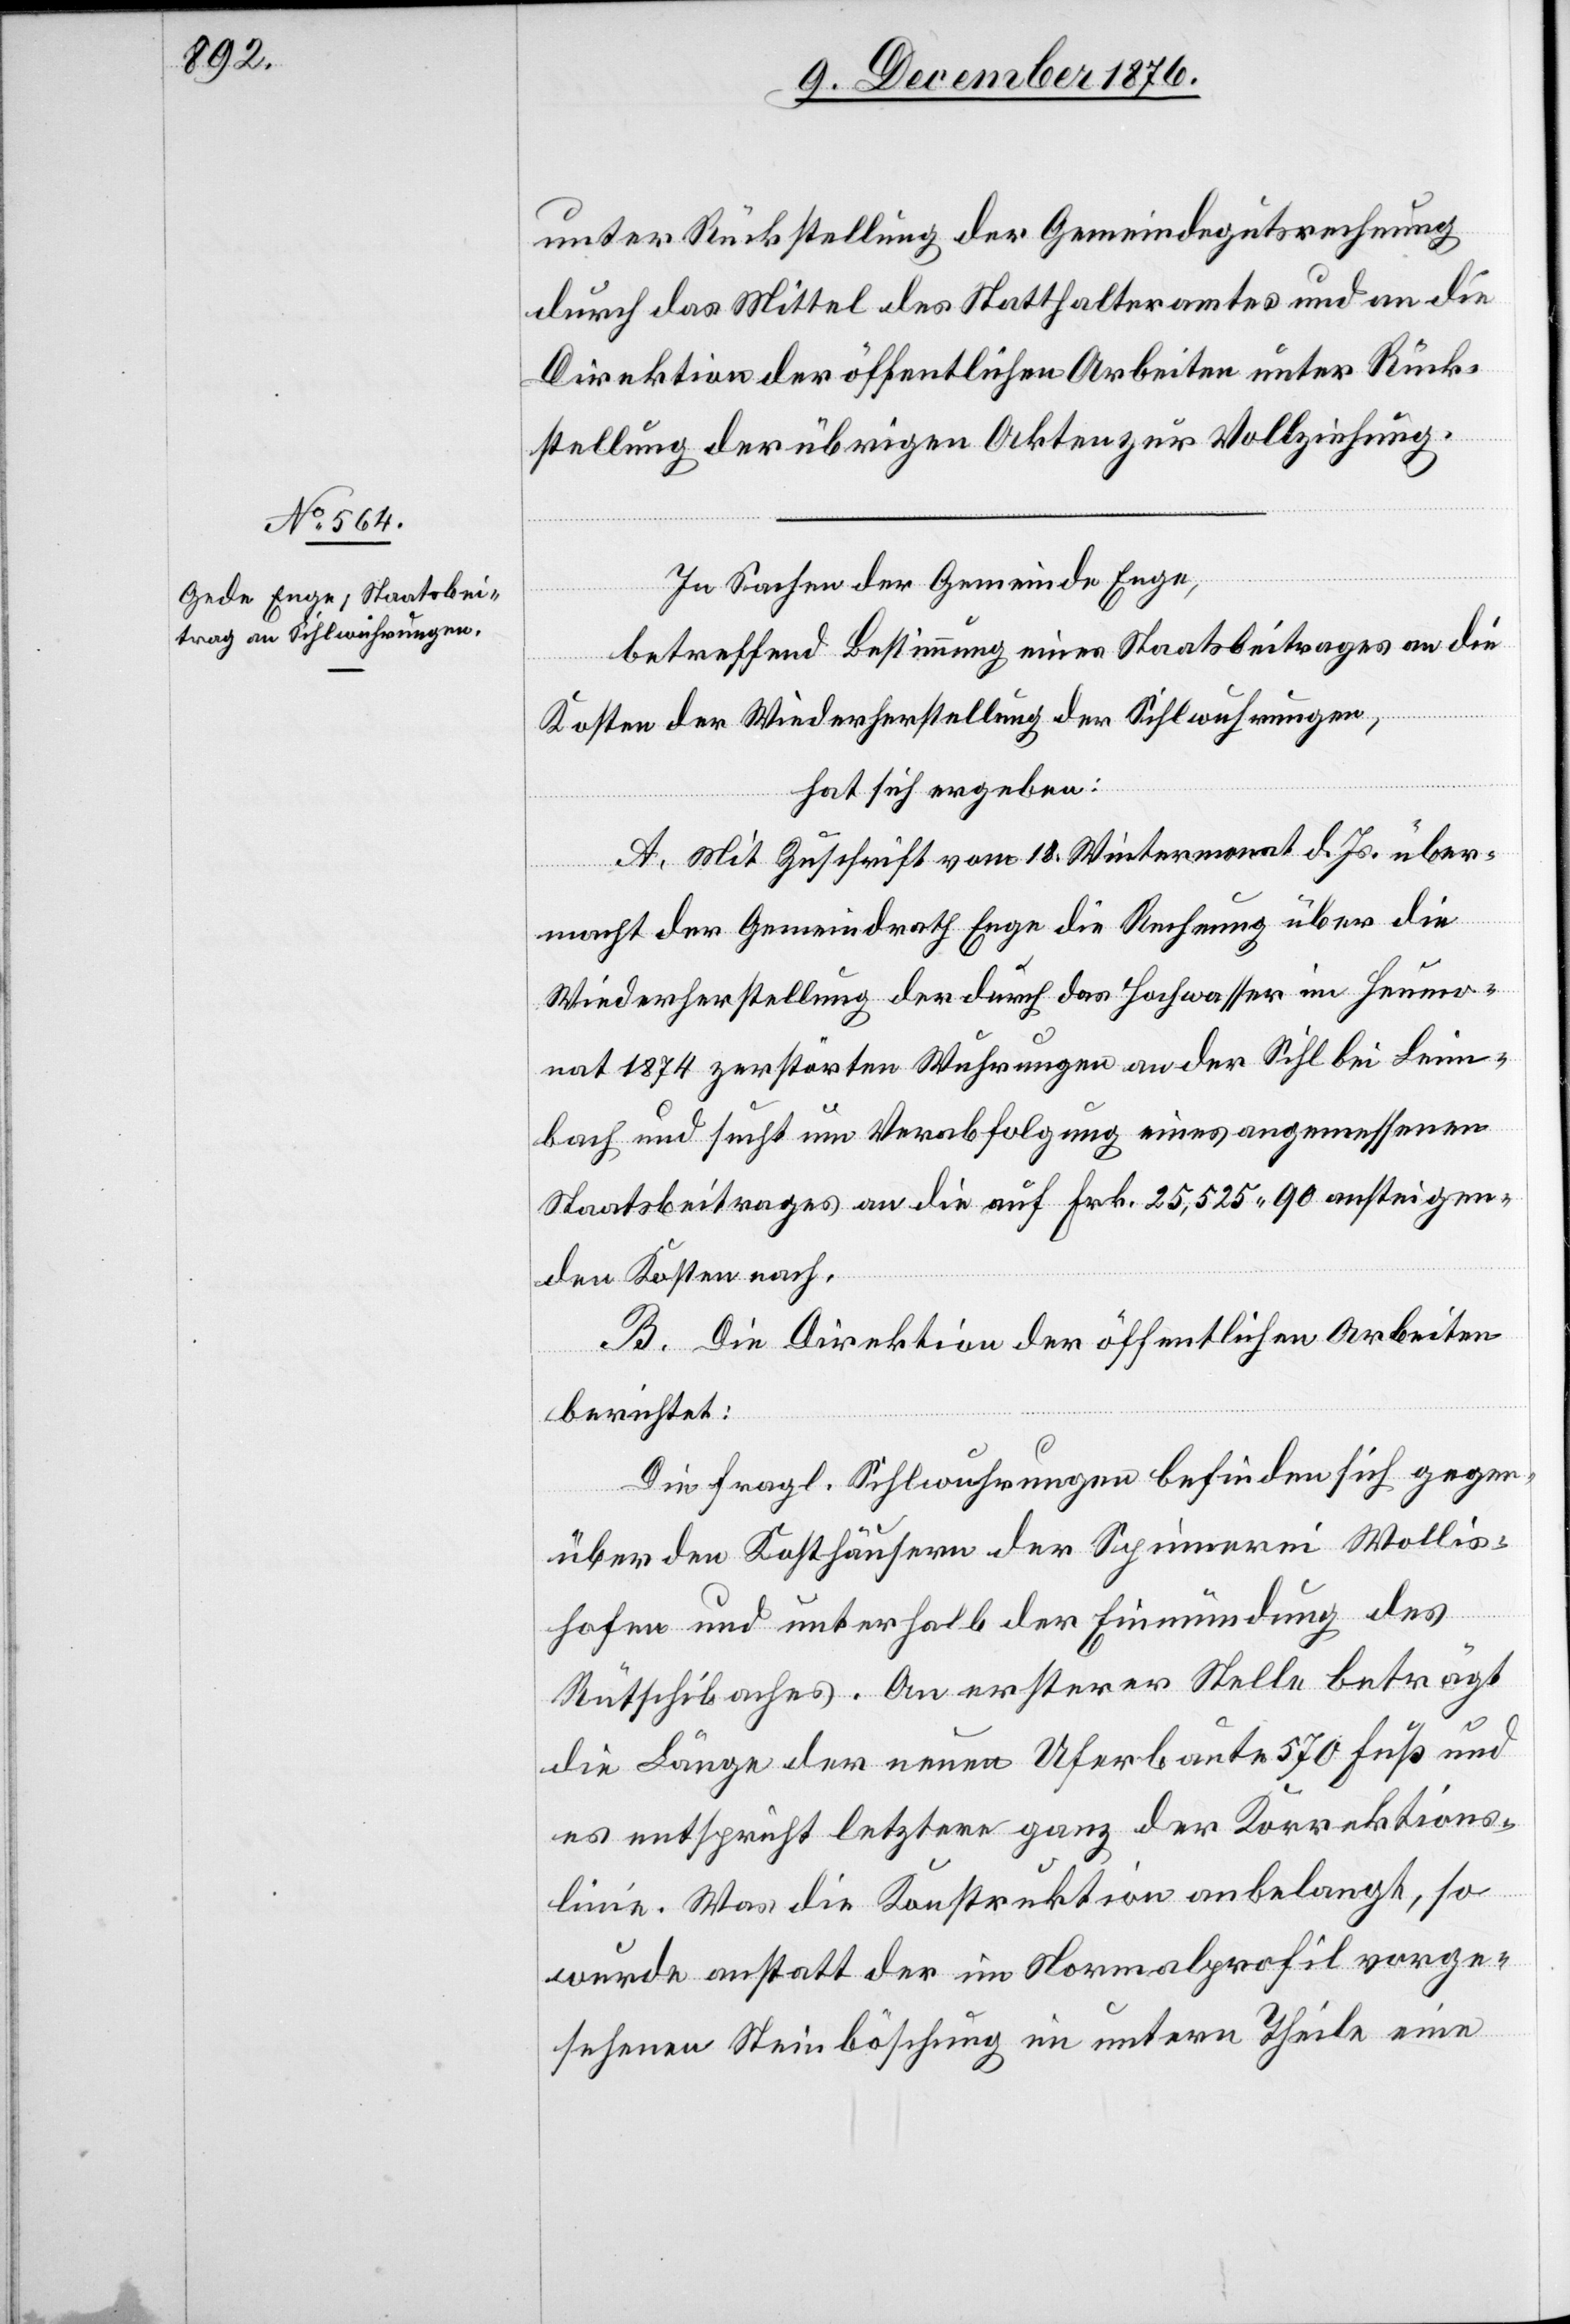
unter Rückstellung der Gemeindegutsrechnung
durch das Mittel des Statthalteramtes und an die
Direktion der öffentlichen Arbeiten unter Rück¬
stellung der übrigen Akten zur Vollziehung.
In Sachen der Gemeinde Enge,
betreffend Bestimmung eines Staatsbeitrages an die
Kosten der Wiederherstellung der Sihlwuhrungen,
hat sich ergeben:
A. Mit Zuschrift vom 18. Wintermonat d. Js. über¬
macht der Gemeindrath Enge die Rechnung über die
Wiederherstellung der durch das Hochwasser im Heumo¬
nat 1874 zerstörten Wuhrungen an der Sihl bei Leim¬
bach und sucht um Verabfolgung eines angemessenen
Staatsbeitrages an die auf Frk. 25,525 90 ansteigen¬
den Kosten nach.
B. Die Direktion der öffentlichen Arbeiten
berichtet:
Die fragl. Sihlwuhrungen befinden sich gegen¬
über den Kosthäusern der Spinnerei Wollis¬
hofen und unterhalb der Einmündung des
Rütschibaches. An ersterer Stelle beträgt
die Länge der neuen Uferbaute 570 Fuß und
es entspricht letztere ganz der Korrektions¬
linie. Was die Konstruktion anbelangt, so
wurde anstatt der im Normalprofil vorge¬
sehenen Steinböschung im untern Theile eine